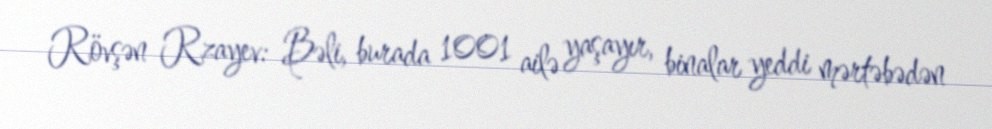
Rövşən Rzayev: Bəli, burada 1001 ailə yaşayır, binalar yeddi mərtəbədən